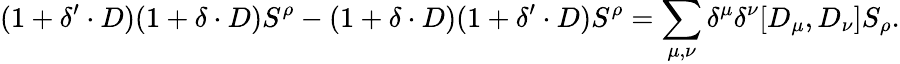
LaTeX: (1+\delta^{\prime}\cdot D)(1+\delta\cdot D)S^{\rho}-(1+\delta\cdot D)(1+\delta^{\prime}\cdot D)S^{\rho}=\sum_{\mu,\nu}\delta^{\mu}\delta^{\nu}[D_{\mu},D_{\nu}]S_{\rho}.